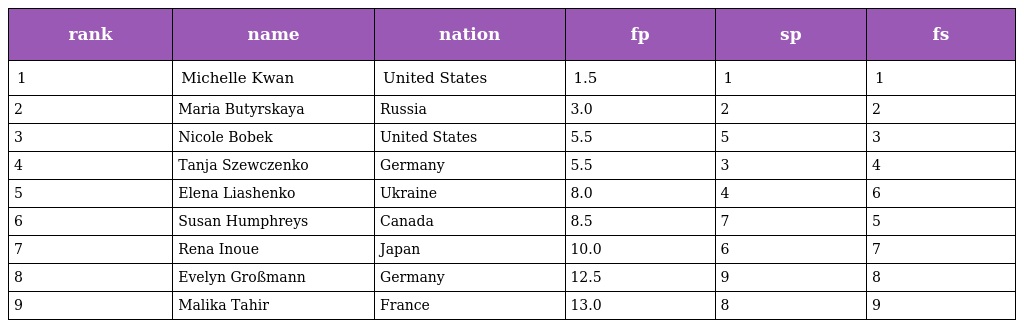
| rank | name | nation | fp | sp | fs |
 | --- | --- | --- | --- | --- | --- |
 | 1 | Michelle Kwan | United States | 1.5 | 1 | 1 |
 | 2 | Maria Butyrskaya | Russia | 3.0 | 2 | 2 |
 | 3 | Nicole Bobek | United States | 5.5 | 5 | 3 |
 | 4 | Tanja Szewczenko | Germany | 5.5 | 3 | 4 |
 | 5 | Elena Liashenko | Ukraine | 8.0 | 4 | 6 |
 | 6 | Susan Humphreys | Canada | 8.5 | 7 | 5 |
 | 7 | Rena Inoue | Japan | 10.0 | 6 | 7 |
 | 8 | Evelyn Großmann | Germany | 12.5 | 9 | 8 |
 | 9 | Malika Tahir | France | 13.0 | 8 | 9 |